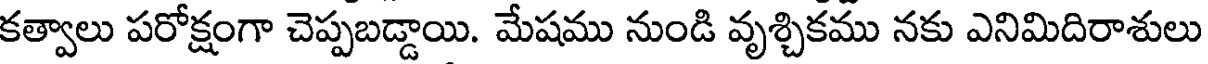
కత్వాలు పరోక్షంగా చెప్పబడ్డాయి. మేషము నుండి వృశ్చికము నకు ఎనిమిదిరాశులు